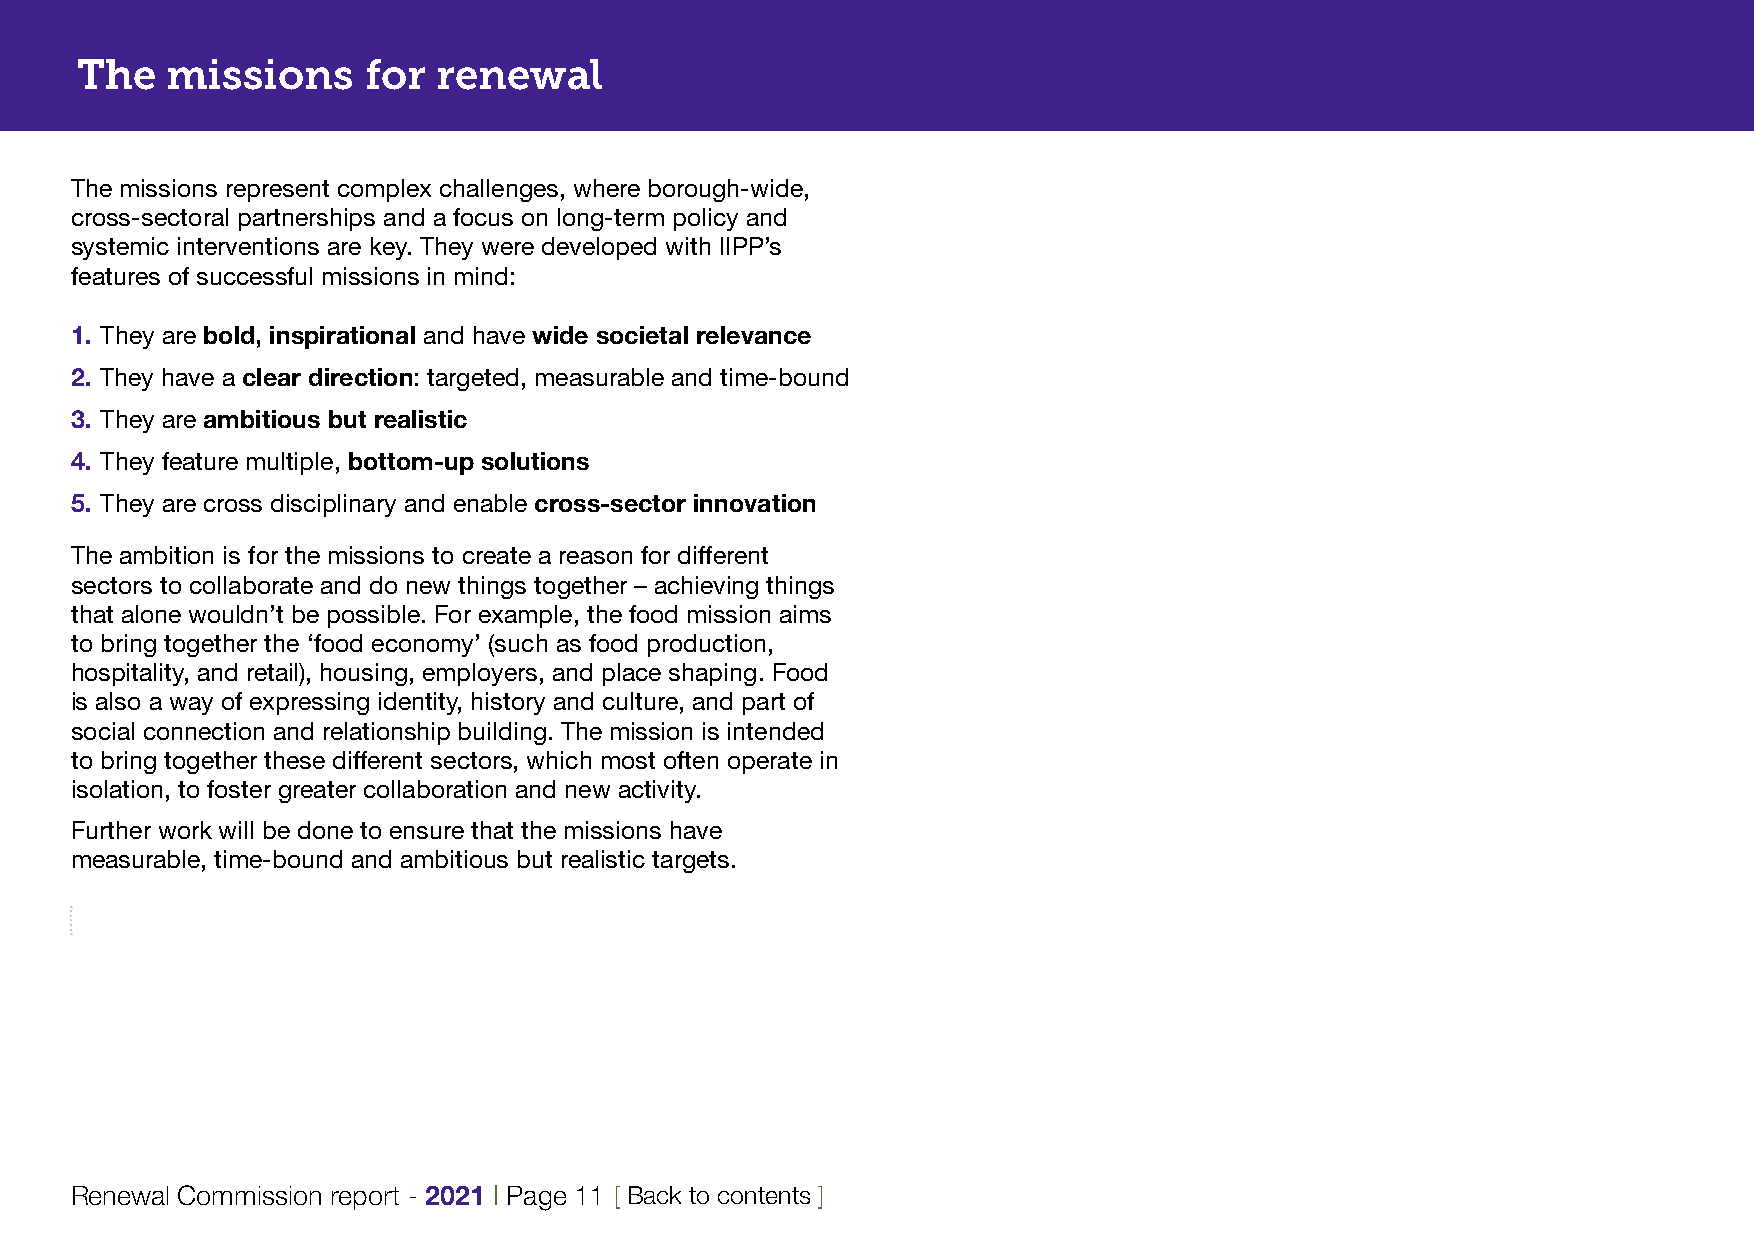
The   missions     for  renewal
 The missions represent complex challenges, where borough-wide,
 cross-sectoral partnerships and a focus on long-term policy and
 systemic interventions are key. They were developed with IIPP’s
 features of successful missions in mind:
 1. They are bold, inspirational and have wide societal relevance
 2. They have a clear direction: targeted, measurable and time-bound
 3. They are ambitious but realistic
 4. They feature multiple, bottom-up solutions
 5. They are cross disciplinary and enable cross-sector innovation
 The ambition is for the missions to create a reason for different
 sectors to collaborate and do new things together – achieving things
 that alone wouldn’t be possible. For example, the food mission aims
 to bring together the ‘food economy’ (such as food production,
 hospitality, and retail), housing, employers, and place shaping. Food
 is also a way of expressing identity, history and culture, and part of
 social connection and relationship building. The mission is intended
 to bring together these different sectors, which most often operate in
 isolation, to foster greater collaboration and new activity.
 Further work will be done to ensure that the missions have
 measurable, time-bound and ambitious but realistic targets.
 Renewal Commission report - 2021 | Page 11 [ Back to contents ]